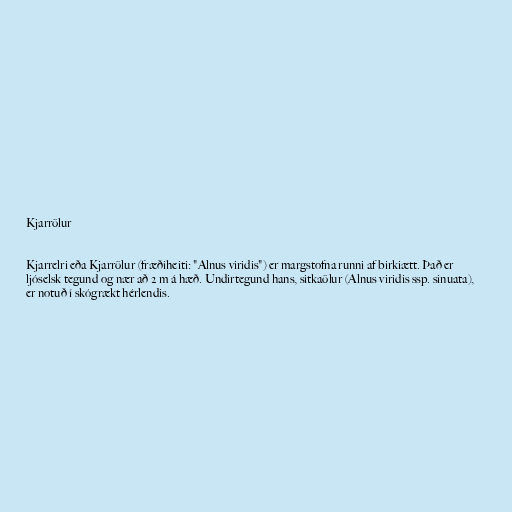
Kjarrölur

Kjarrelri eða Kjarrölur (fræðiheiti: "Alnus viridis") er margstofna runni af birkiætt. Það er
ljóselsk tegund og nær að 2 m á hæð. Undirtegund hans, sitkaölur (Alnus viridis ssp. sinuata),
er notuð í skógrækt hérlendis.